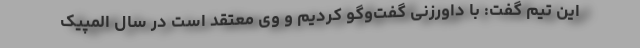
این تیم گفت: با داورزنی گفت‌وگو کردیم و وی معتقد است در سال المپیک